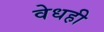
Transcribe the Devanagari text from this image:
वेधही